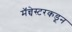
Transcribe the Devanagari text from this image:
मॅन्चेस्टरकडून